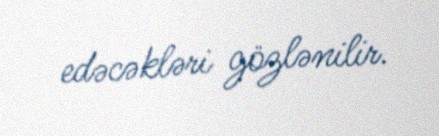
edəcəkləri gözlənilir.